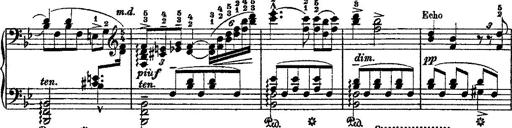
Title: Fantaisie romantique sur deux mÃ©lodies suisses
Composer: Franz Liszt